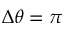
\Delta \theta = \pi